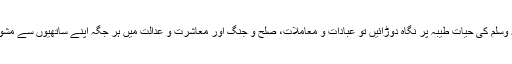
مگر نبی اکرم صلی اللہ علیہ وسلم کی حیات طیبہ پر نگاہ دوڑائیں تو عبادات و معاملات، صلح و جنگ اور معاشرت و عدالت میں ہر جگہ اپنے ساتھیوں سے مشورہ کرتے دکھائی دیتے ہیں۔